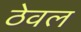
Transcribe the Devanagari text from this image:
ठेवल